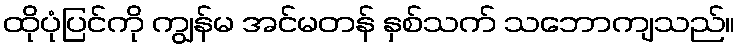
ထိုပုံပြင်ကို ကျွန်မ အင်မတန် နှစ်သက် သဘောကျသည်။